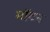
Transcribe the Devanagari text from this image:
मॉटन